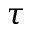
\tau